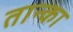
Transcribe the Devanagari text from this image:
तान्का